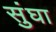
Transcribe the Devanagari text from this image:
सुंघा